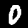
Label: 0